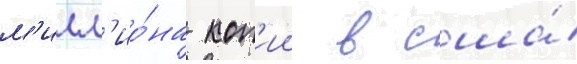
м'илл'ио́на коп'ии в сша́